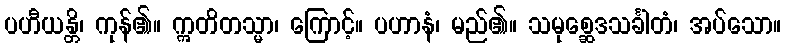
ပဟီယန္တိ၊ ကုန်၏။ ဣတိတသ္မာ၊ ကြောင့်။ ပဟာနံ၊ မည်၏။ သမုစ္ဆေဒသင်္ခါတံ၊ အပ်သော။